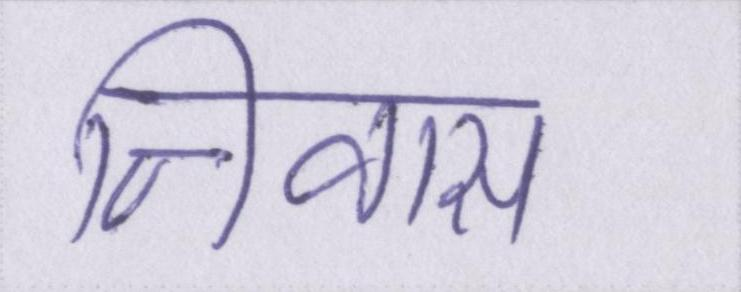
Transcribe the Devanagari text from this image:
निवास